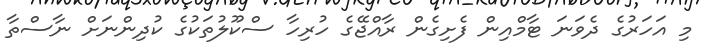
މި އަހަރުގެ ދެވަނަ ޓާމްއިން ފެށިގެން ރާއްޖޭގެ ހުރިހާ ސްކޫލުތަކުގެ ކުދިންނަށް ނާސްތާ